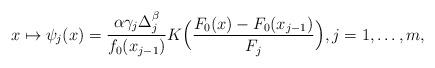
LaTeX: \begin{align*}x \mapsto \psi_j(x) = \frac{\alpha \gamma_j \Delta_j^\beta}{f_0(x_{j-1})} K\Big(\frac{F_0(x)-F_0(x_{j-1})}{F_j}\Big), j=1,\ldots,m,\end{align*}